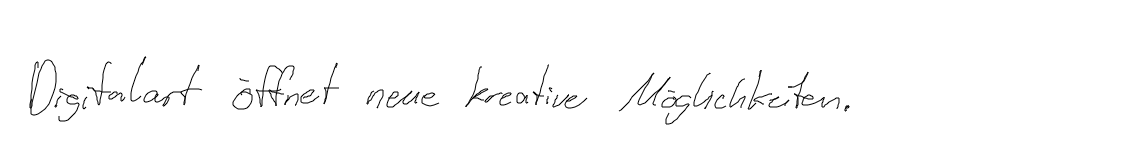
Digitalart öffnet neue kreative Möglichkeiten.